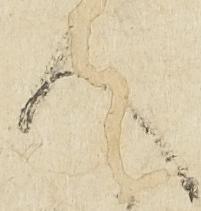
人